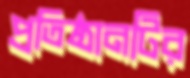
প্রতিষ্ঠানটির